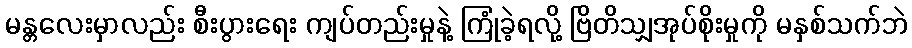
မန္တလေးမှာလည်း စီးပွားရေး ကျပ်တည်းမှုနဲ့ ကြုံခဲ့ရလို့ ဗြိတိသျှအုပ်စိုးမှုကို မနှစ်သက်ဘဲ